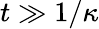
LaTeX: t\gg 1/\kappa